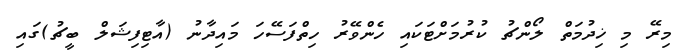
މިރޭ މި ޚިދުމަތް ލޯންޗު ކުރުމަށްޓަކައި ހެންވޭރު ހިތްފަސޭހަ މައިދާނު (އާޓިފިޝަލް ބީޗު)ގައި